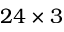
2 4 \times 3